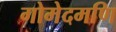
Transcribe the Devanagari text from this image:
गोमेदमणि